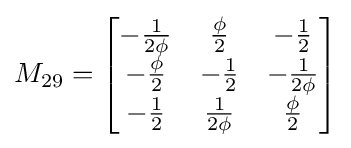
M_{29}={\begin{bmatrix}-{\frac {1}{2\phi }}&{\frac {\phi }{2}}&-{\frac {1}{2}}\\-{\frac {\phi }{2}}&-{\frac {1}{2}}&-{\frac {1}{2\phi }}\\-{\frac {1}{2}}&{\frac {1}{2\phi }}&{\frac {\phi }{2}}\end{bmatrix}}